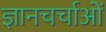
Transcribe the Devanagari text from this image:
ज्ञानचर्चाओं